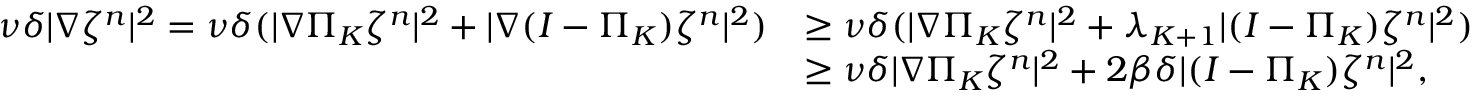
\begin{array} { r l } { \nu \delta | \nabla \zeta ^ { n } | ^ { 2 } = \nu \delta ( | \nabla \Pi _ { K } \zeta ^ { n } | ^ { 2 } + | \nabla ( I - \Pi _ { K } ) \zeta ^ { n } | ^ { 2 } ) } & { \geq \nu \delta ( | \nabla \Pi _ { K } \zeta ^ { n } | ^ { 2 } + \lambda _ { K + 1 } | ( I - \Pi _ { K } ) \zeta ^ { n } | ^ { 2 } ) } \\ & { \geq \nu \delta | \nabla \Pi _ { K } \zeta ^ { n } | ^ { 2 } + 2 \beta \delta | ( I - \Pi _ { K } ) \zeta ^ { n } | ^ { 2 } , } \end{array}